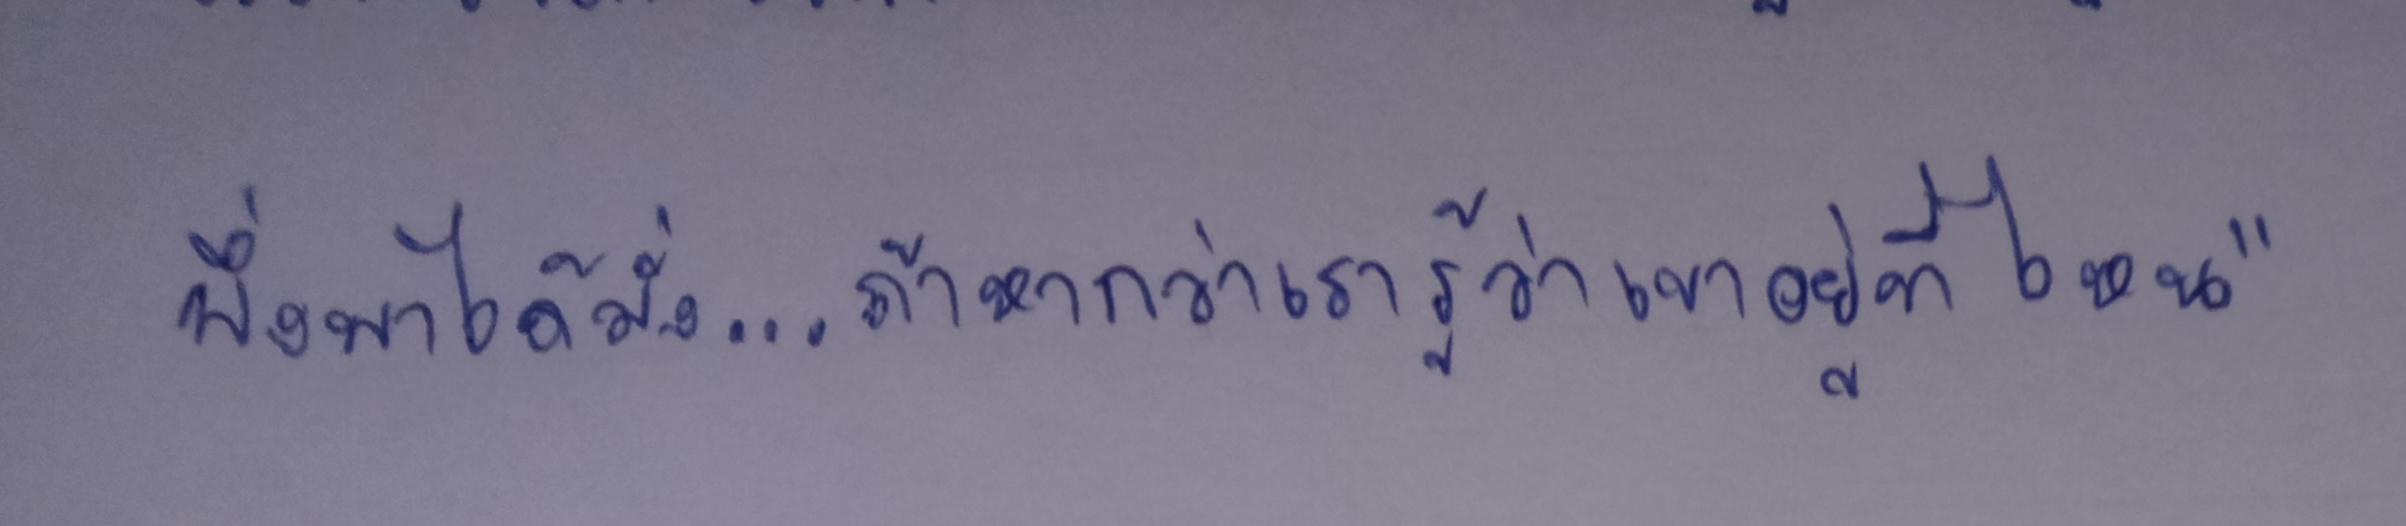
พอพึ่งพาได้มั่ง...ถ้าหากว่าเรารู้ว่าเขาอยู่ไหน"